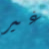
غير